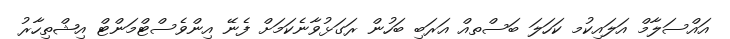
އައްސަލާމް އަލައިކުމ ކަހަލަ ބަސްތއް އަރަބި ބަހުން ރަގަޅުވާނެކަމަށް ފެނޭ އިންވެސްޓްމަންޓް އިޝްތިހާރު